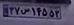
۳۷س۱۴۵۵۳